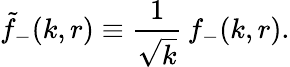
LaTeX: \tilde{f}_{-}(k,r)\equiv{\frac{1}{\sqrt{k}}}\, f_{-}(k,r).